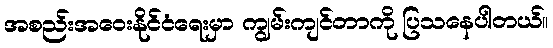
အစည်းအဝေးနိုင်ငံရေးမှာ ကျွမ်းကျင်တာကို ပြသနေပါတယ်။